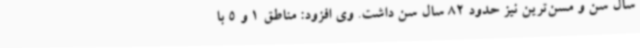
سال سن و مسن‌ترین نیز حدود 82 سال سن داشت. وی افزود: مناطق 1 و 5 با